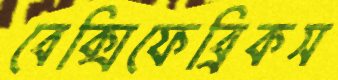
বেক্সিফেব্রিকস